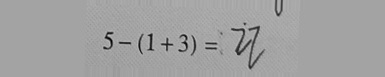
5 - ( 1 + 3 ) = 2 7